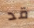
قد